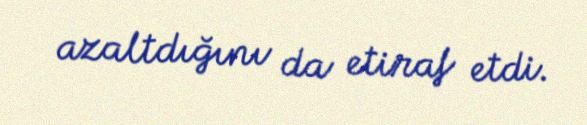
azaltdığını da etiraf etdi.